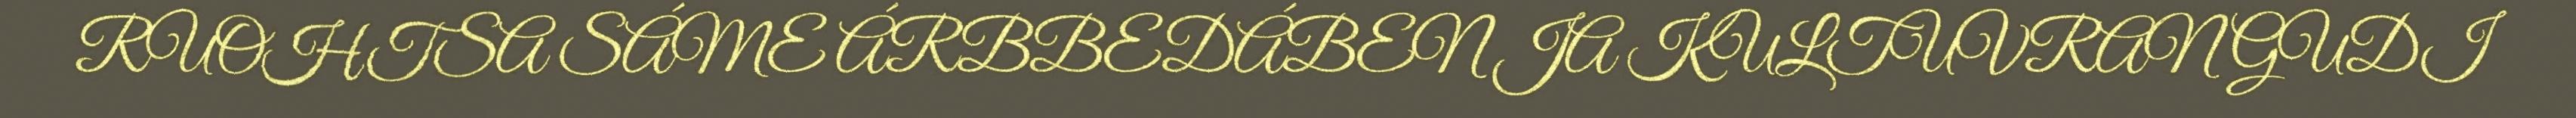
RUOHTSA SÁME ÁRBBEDÁBEN JA KULTUVRAN GUDI